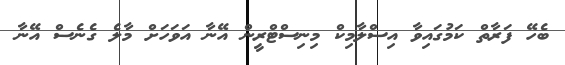
ބެހޭ ފަރާތް ކަމުގައިވާ އިސްލާމިކް މިނިސްޓްރީން އޭނާ އަވަހަށް މާލެ ގެނެސް އޭނާ